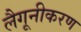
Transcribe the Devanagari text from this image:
लैगूनीकरण